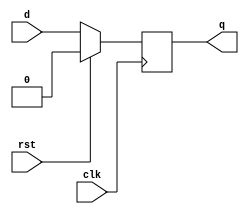
/* $Author: karu $ */
/* $LastChangedDate: 2009-03-04 23:09:45 -0600 (Wed, 04 Mar 2009) $ */
/* $Rev: 45 $ */
// D-flipflop

module dff (q, d, clk, rst);

    output         q;
    input          d;
    input          clk;
    input          rst;

    reg            state;

    assign #(1) q = state;

    always @(posedge clk) begin
      state = rst? 0 : d;
    end

endmodule
// DUMMY LINE FOR REV CONTROL :0: